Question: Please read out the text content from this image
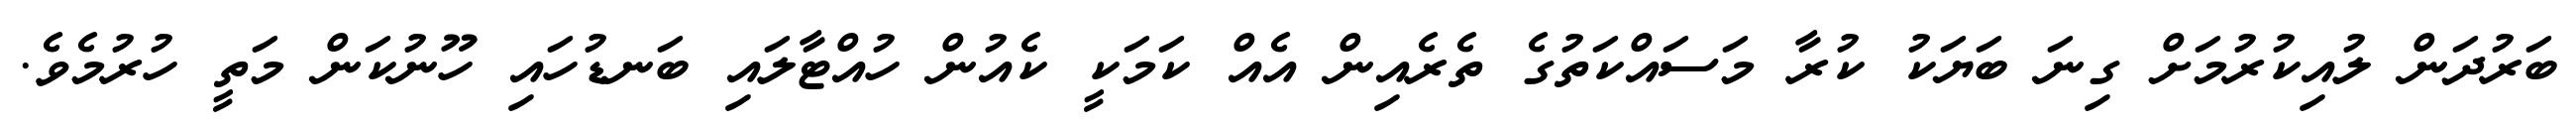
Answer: ބަރުދަން ލުއިކުރުމަށް ގިނަ ބަޔަކު ކުރާ މަސައްކަތުގެ ތެރެއިން އެއް ކަމަކީ ކެއުން ހުއްޓާލައި ބަނޑުހައި ހޫނުކަން މަތީ ހުރުމެވެ.